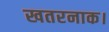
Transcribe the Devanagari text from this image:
खतरनाक।